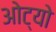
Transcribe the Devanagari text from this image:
ओट्यो